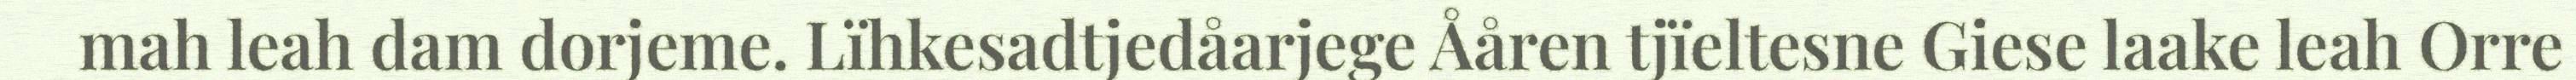
mah leah dam dorjeme. Lïhkesadtjedåarjege Ååren tjïeltesne Giese laake leah Orre